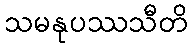
သမနုပဿသီတိ